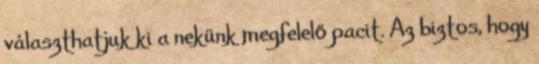
választhatjuk ki a nekünk megfelelő pacit. Az biztos, hogy